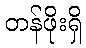
တန်ဖိုးရှိ